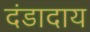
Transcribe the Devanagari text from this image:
दंडादाय